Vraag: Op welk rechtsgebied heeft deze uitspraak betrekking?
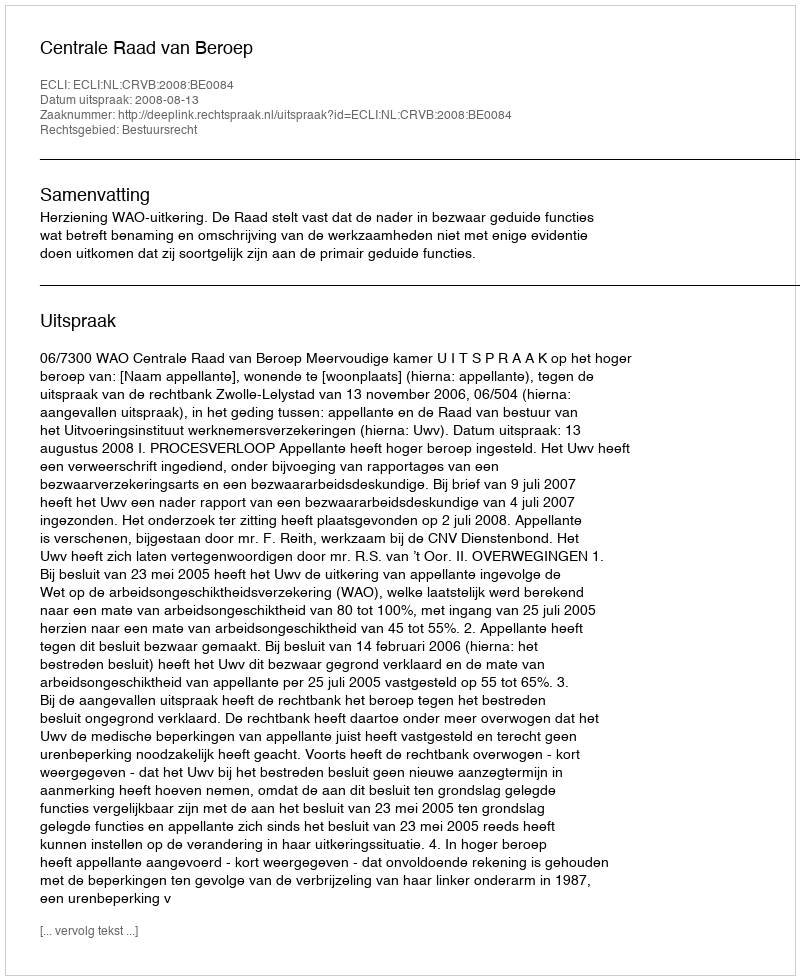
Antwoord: Bestuursrecht